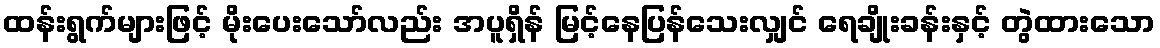
ထန်းရွက်များဖြင့် မိုးပေးသော်လည်း အပူရှိန် မြင့်နေပြန်သေးလျှင် ရေချိုးခန်းနှင့် တွဲထားသော